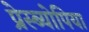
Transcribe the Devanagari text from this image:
प्रेस्ब्योपिया